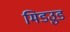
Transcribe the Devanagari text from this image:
मिडउुड